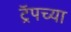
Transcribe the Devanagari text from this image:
ट्रॅपच्या